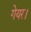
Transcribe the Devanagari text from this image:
गेयर।